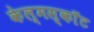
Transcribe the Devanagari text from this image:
केल्मस्काॅट